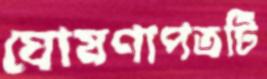
ঘোষণাপত্রটি